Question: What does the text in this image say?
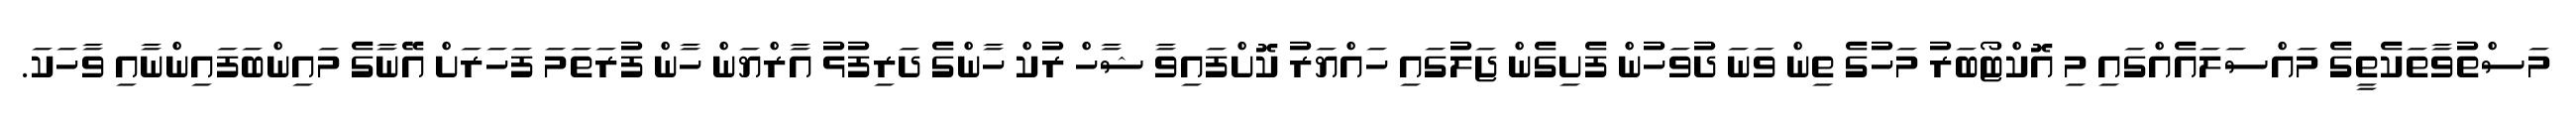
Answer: މަސްތުވާތަކެތީގެ މައްސަލައެއްގައި މި އޮކްޓޯބަރު މަހުގެ ތިން ވަނަ ދުވަހުން ފެށިގެން ޖަލުގައި ހައްޔަރު ކޮށްފައިވާ ޝާހް ރުކް ހާންގެ ދަރިފުޅު އާރްޔަން ހާން ފުރަތަމަ ފަހަރަށް އޭނާގެ މައިންބަފައިންނާއި ވާހަކަ.